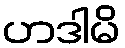
ဟဒါမိ